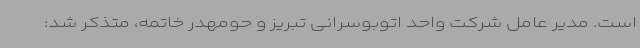
است. مدیر عامل شرکت واحد اتوبوسرانی تبریز و حومهدر خاتمه، متذکر شد: